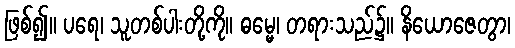
ဖြစ်၍။ ပရေ၊ သူတစ်ပါးတို့ကို။ ဓမ္မေ၊ တရားသည်၌။ နိယောဇေတွာ၊